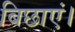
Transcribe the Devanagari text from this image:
बिछाएं।